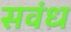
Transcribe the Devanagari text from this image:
सवंध